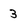
Character: 3